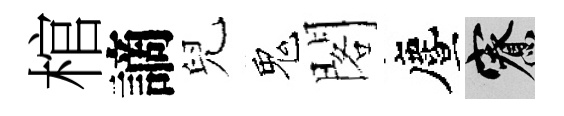
棺謫兒鬼閣󵨌寮